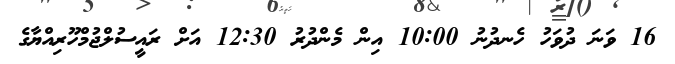
16 ވަނަ ދުވަހު ހެނދުނު 10:00 އިން މެންދުރު 12:30 އަށް ރައީސުލްޖުމްހޫރިއްޔާގެ